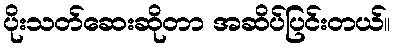
ပိုးသတ်ဆေးဆိုတာ အဆိပ်ပြင်းတယ်။